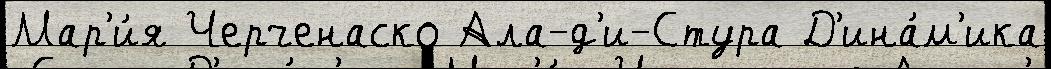
Мар'и́я Черченаско Ала-д'и-Стура Д'ина́м'ика